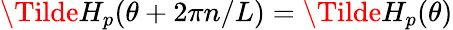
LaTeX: \Tilde{H}_{p}(\theta+2\pi n/L)=\Tilde{H}_{p}(\theta)